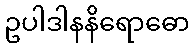
ဥပါဒါနနိရောဓော